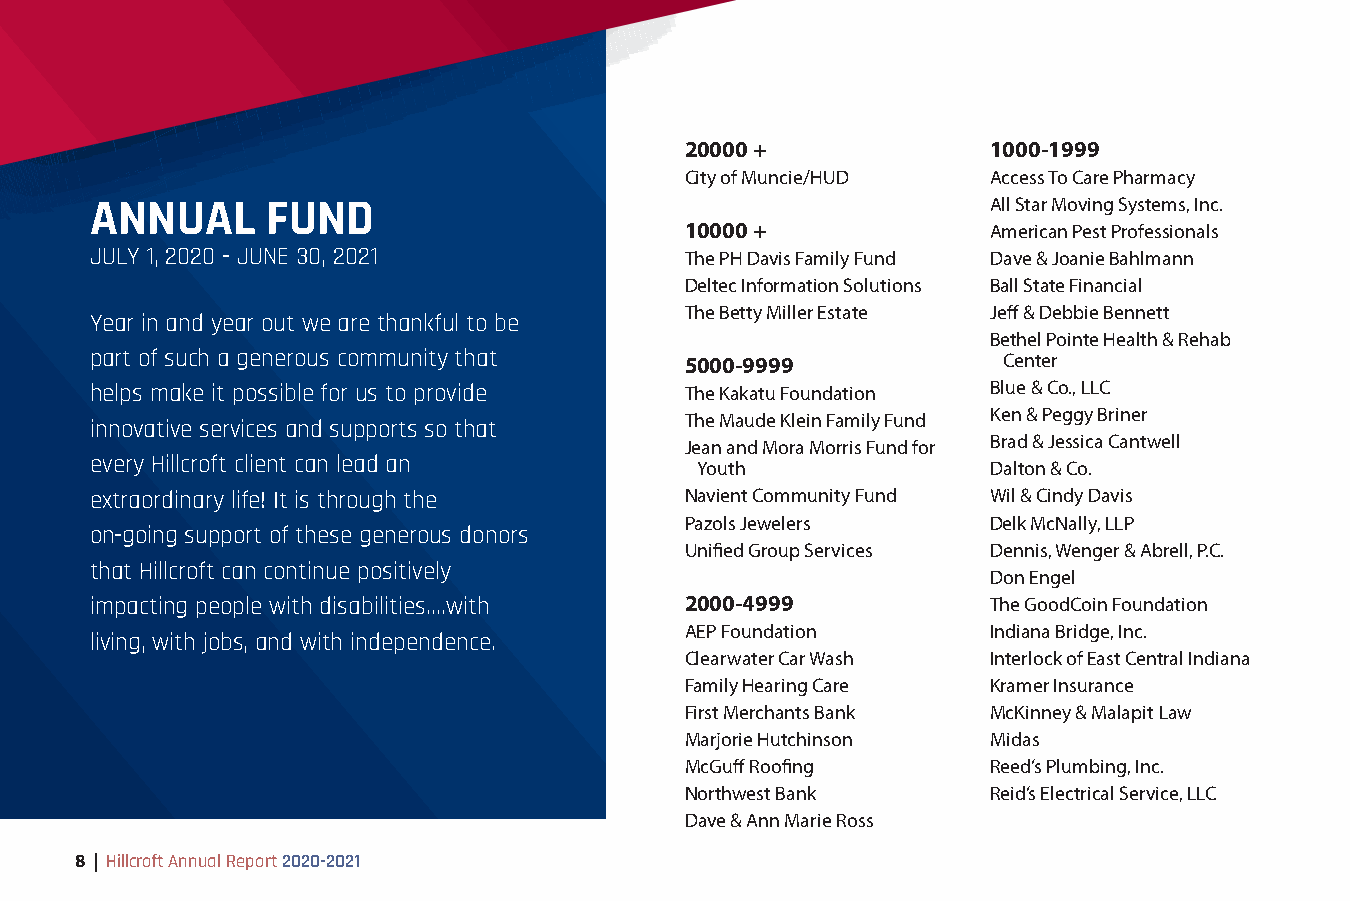
20000 +              1000-1999
 City of Muncie/HUD   Access To Care Pharmacy
 ANNUAL      FUND                                            All Star Moving Systems, Inc.
 10000 +              American Pest Professionals
 JULY 1, 2020 - JUNE 30, 2021           The PH Davis Family Fund Dave & Joanie Bahlmann
 Deltec Information Solutions Ball State Financial
 The Betty Miller Estate Jeff & Debbie Bennett
 Year in and year out we are thankful to be
 Bethel Pointe Health & Rehab
 part of such a generous community that 5000-9999            Center
 helps make it possible for us to provide The Kakatu Foundation Blue & Co., LLC
 The Maude Klein Family Fund Ken & Peggy Briner
 innovative services and supports so that
 Jean and Mora Morris Fund for Brad & Jessica Cantwell
 every Hillcroft client can lead an      Youth               Dalton & Co.
 extraordinary life! It is through the  Navient Community Fund Wil & Cindy Davis
 Pazols Jewelers      Delk McNally, LLP
 on-going support of these generous donors
 Unified Group Services Dennis, Wenger & Abrell, P.C.
 that Hillcroft can continue positively
 Don Engel
 impacting people with disabilities….with 2000-4999          The GoodCoin Foundation
 AEP Foundation       Indiana Bridge, Inc.
 living, with jobs, and with independence.
 Clearwater Car Wash  Interlock of East Central Indiana
 Family Hearing Care  Kramer Insurance
 First Merchants Bank McKinney & Malapit Law
 Marjorie Hutchinson  Midas
 McGuff Roofing       Reed’s Plumbing, Inc.
 Northwest Bank       Reid’s Electrical Service, LLC
 Dave & Ann Marie Ross
 8 | Hillcroft Annual Report 2020-2021